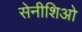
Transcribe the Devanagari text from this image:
सेनीशिओ